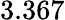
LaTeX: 3.367